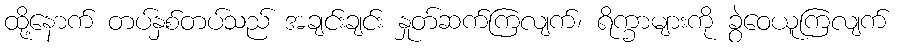
ထို့နောက် တပ်နှစ်တပ်သည် အချင်းချင်း နှုတ်ဆက်ကြလျက်၊ ရိက္ခာများကို ခွဲဝေယူကြလျက်